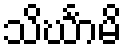
သိင်္ဃာမိ